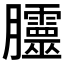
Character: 𭩗